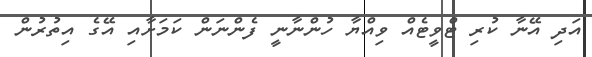
އަދި އޭނާ ކުރި ޓްވީޓެއް ވިއްޔާ ހުންނާނީ ފެންނަން ކަމަށާއި އޭގެ އިތުރުން